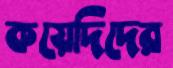
কয়েদিদের